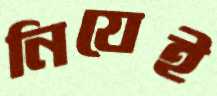
নিযেই